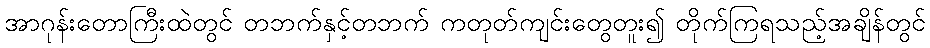
အာဂုန်းတောကြီးထဲတွင် တဘက်နှင့်တဘက် ကတုတ်ကျင်းတွေတူး၍ တိုက်ကြရသည့်အချိန်တွင်